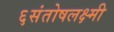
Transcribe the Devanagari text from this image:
६संतोषलक्ष्मी